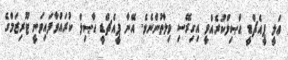
ޢަލީ ޕީއެޗްޑީ ޙާޞިލްކުރެއްވީ އިގިރޭސި ވިލާތުންނެވެ. އޭނާ ޕީއެޗްޑީ ޙާޞިލް ކުރައްވާފައިވަނީ ޓޫރިޒަމްގެ